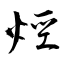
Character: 烴